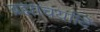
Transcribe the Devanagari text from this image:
ब्रह्माचर्यादि